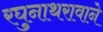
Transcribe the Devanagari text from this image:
रघुनाथरावाने